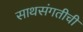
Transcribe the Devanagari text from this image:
साथसंगतीची